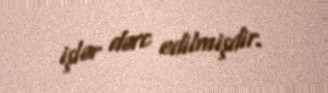
işlər dərc edilmişdir.